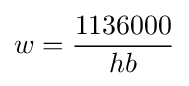
w={\frac {1136000}{hb}}